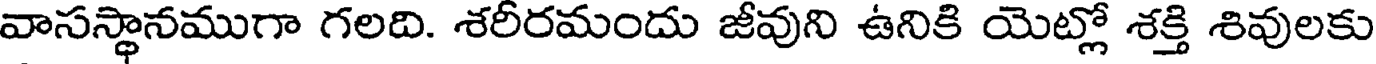
వాసస్థానముగా గలది. శరీరమందు జీవుని ఉనికి యెట్లో శక్తి శివులకు